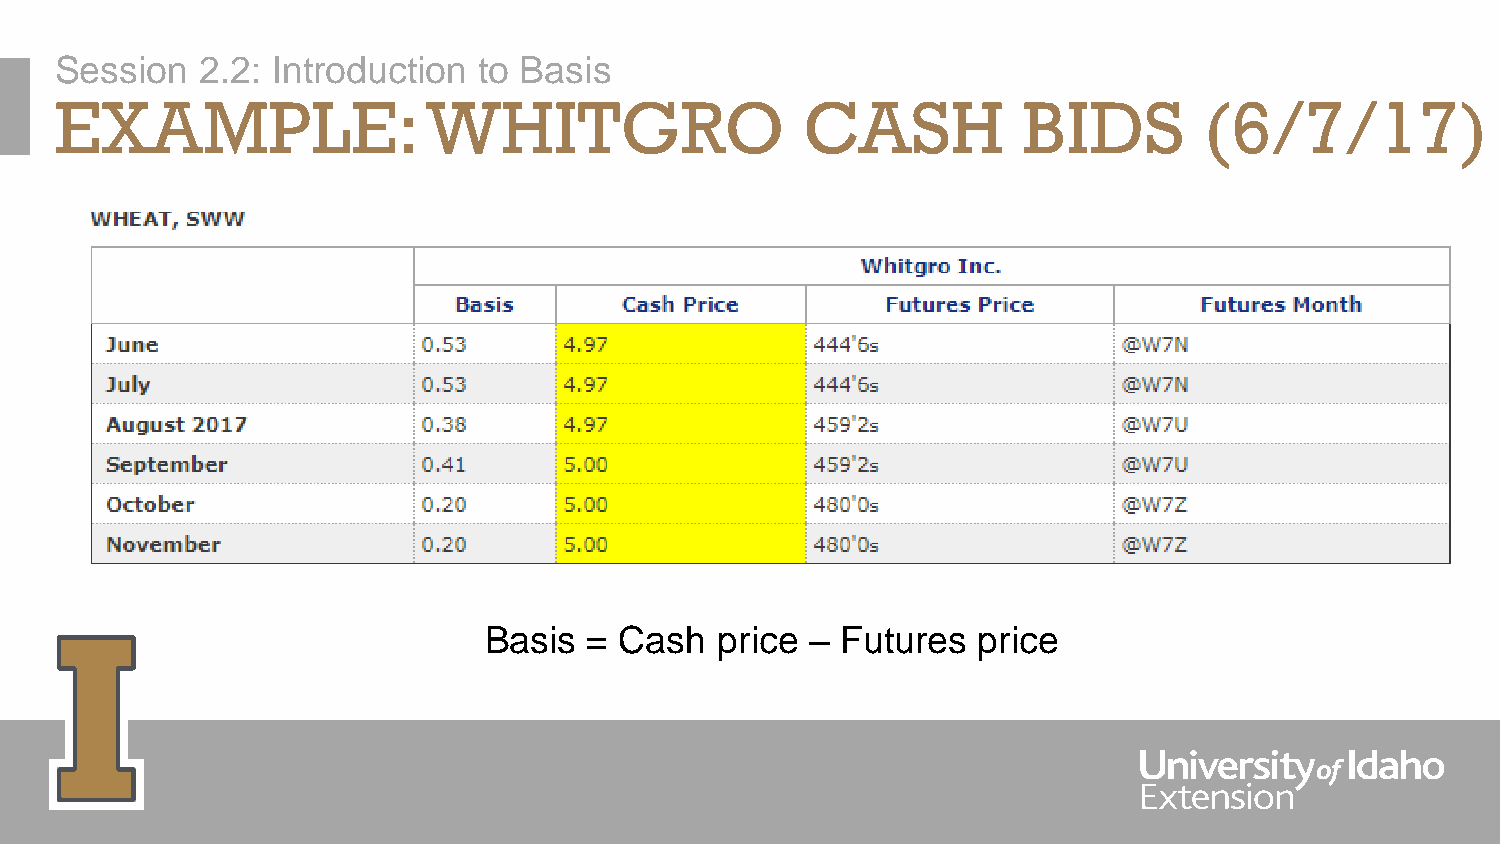
Session  2.2: Introduction  to Basis
 EXAMPLE:                WHITGRO                  CASH           BIDS        (6/7/17)
 Basis  = Cash  price  – Futures  price